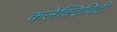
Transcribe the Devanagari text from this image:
कलेक्टिविटी